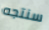
سنتجه